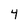
Character: 4